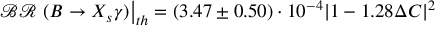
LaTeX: \mathcal { B R } \left. ( B \rightarrow X _ { s } \gamma ) \right| _ { t h } = ( 3 . 4 7 \pm 0 . 5 0 ) \cdot 1 0 ^ { - 4 } | 1 - 1 . 2 8 \Delta C | ^ { 2 }